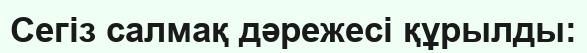
Сегіз салмақ дәрежесі құрылды: